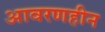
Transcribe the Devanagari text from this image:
आवरणहीन